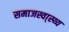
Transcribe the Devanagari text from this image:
समाजस्वा्स्थ्य